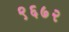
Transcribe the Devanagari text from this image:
९६७२